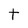
Character: t